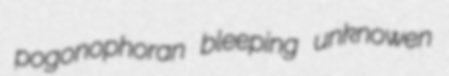
pogonophoran bleeping unknowen